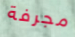
مجرفة